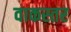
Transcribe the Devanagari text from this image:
वाकस्तर